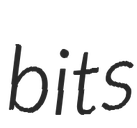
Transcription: bits